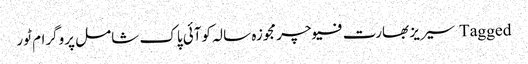
Tagged سیریز بھارت فیوچر مجوزہ سالہ کوآئی پاک شامل پروگرام ٹور